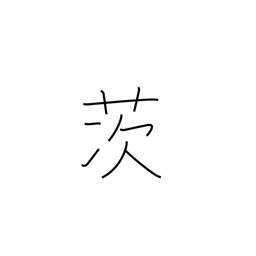
Meaning: briar